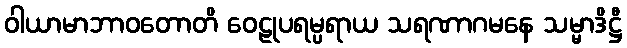
ဝါယာမာဘာဝတောတိ ဝေဠုပရမ္ပရာယ သရဏာဂမနေ သမ္မာဒိဋ္ဌီ